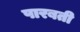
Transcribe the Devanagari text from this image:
पारबती